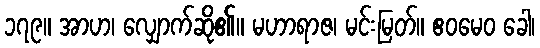
၁၇၉။ အာဟ၊ လျှောက်ဆို၏။ မဟာရာဇ၊ မင်းမြတ်။ ဧဝမေဝ ခေါ၊